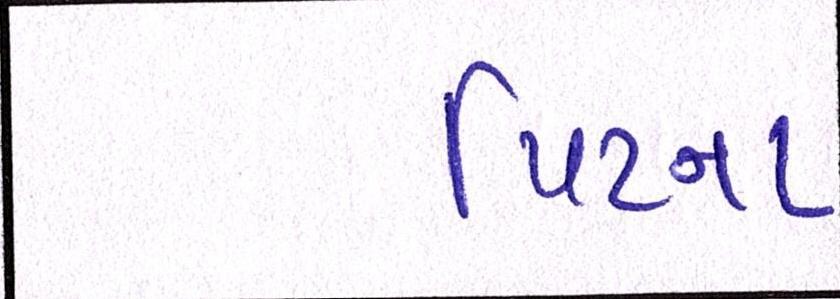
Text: પિટના